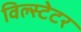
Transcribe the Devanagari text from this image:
विल्स्टेटर